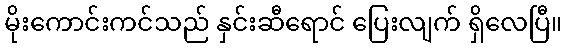
မိုးကောင်းကင်သည် နှင်းဆီရောင် ပြေးလျက် ရှိလေပြီ။